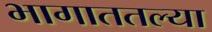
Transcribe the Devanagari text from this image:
भागाततल्या